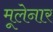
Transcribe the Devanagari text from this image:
मूलेनार